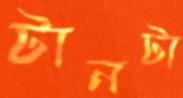
টানটা